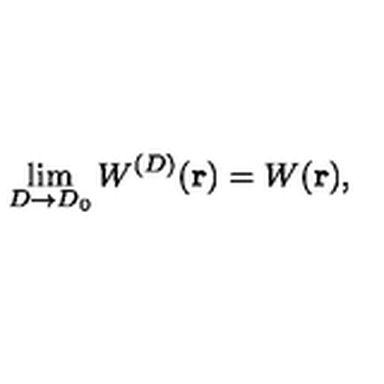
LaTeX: \lim _ { { D } \rightarrow { D _ { 0 } } } W ^ { ( { D } ) } ( { \bf r } ) = W ( { \bf r } ) ,